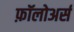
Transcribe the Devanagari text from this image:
फ़ॉलोअर्स